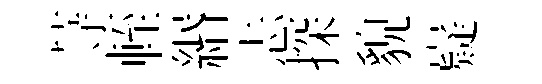
䒭輊緡忐探貌嶷